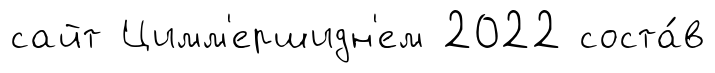
сайт Цимм'ершидн'ем 2022 соста́в